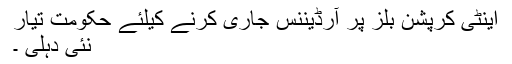
اینٹی کرپشن بلز پر آرڈیننس جاری کرنے کیلئے حکومت تیار
نئی دہلی ۔